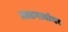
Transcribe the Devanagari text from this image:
आडनावांवर